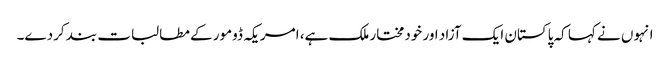
انہوں نے کہا کہ پاکستان ایک آزاد اور خودمختار ملک ہے، امریکہ ڈومور کے مطالبات بند کردے۔